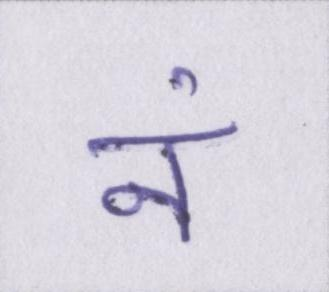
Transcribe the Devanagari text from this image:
नं